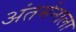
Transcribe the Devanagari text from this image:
अंतर्मनाला